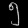
Digit: ၅